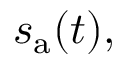
s _ { \mathrm { a } } ( t ) ,